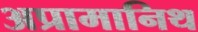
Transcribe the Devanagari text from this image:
अप्रामानिथ